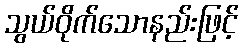
သွယ်ဝိုက်သောနည်းဖြင့်